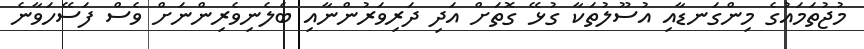
މުޖުތަމައުގެ މިންގަނޑާއި އުސޫލުތަކާ ގުޅޭ ގޮތަށް އަދި ދަރިވަރުންނާއި ބެލެނިވެރިންނަށް ވެސް ފަސޭހަވާނެ